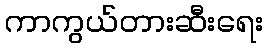
ကာကွယ်တားဆီးရေး